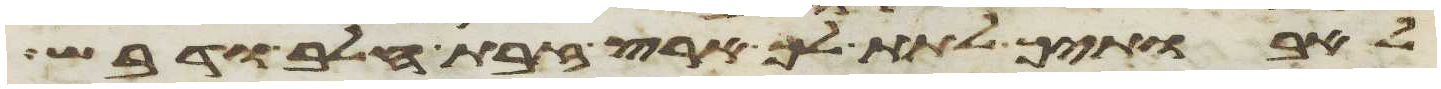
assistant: לאבתיך לתת לך ארץ זבת חלב ודבש